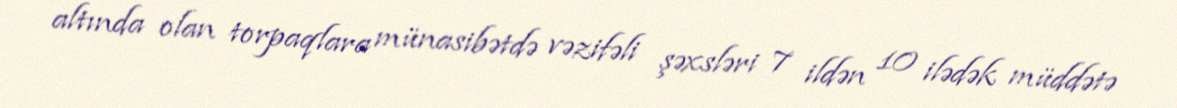
altında olan torpaqlara münasibətdə vəzifəli şəxsləri 7 ildən 10 ilədək müddətə